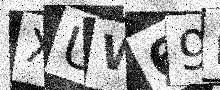
Text: XUW69E